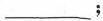
____；